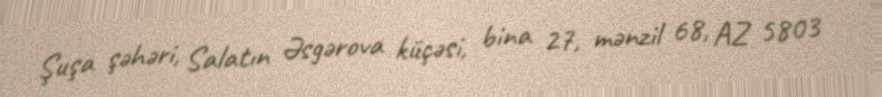
Şuşa şəhəri, Salatın Əsgərova küçəsi, bina 27, mənzil 68, AZ 5803